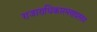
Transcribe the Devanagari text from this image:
राजाराधिकारमणप्रसाद